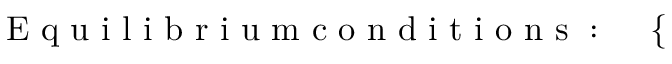
\mathrm { ~ E ~ q ~ u ~ i ~ l ~ i ~ b ~ r ~ i ~ u ~ m ~ c ~ o ~ n ~ d ~ i ~ t ~ i ~ o ~ n ~ s ~ : ~ } \quad \left\{ \begin{array} { r l } \end{array} \right.